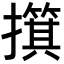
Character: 𫾑